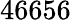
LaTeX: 46656